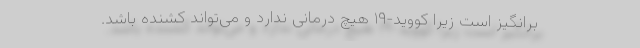
برانگیز است زیرا کووید-۱۹ هیچ درمانی ندارد و می‌تواند کشنده باشد.